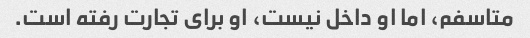
متاسفم، اما او داخل نیست، او برای تجارت رفته است.